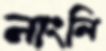
নাংলি